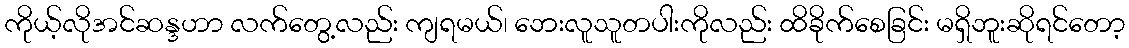
ကိုယ့်လိုအင်ဆန္ဒဟာ လက်တွေ့လည်း ကျရမယ်၊ ဘေးလူသူတပါးကိုလည်း ထိခိုက်စေခြင်း မရှိဘူးဆိုရင်တော့